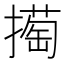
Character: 𢵘